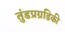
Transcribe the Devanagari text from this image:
तुंडप्रग्रडिकी